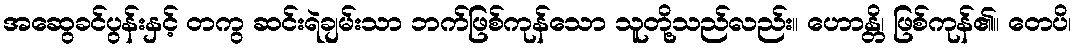
အဆွေခင်ပွန်းနှင့် တကွ ဆင်းရဲချမ်းသာ ဘက်ဖြစ်ကုန်သော သူတို့သည်လည်း။ ဟောန္တိ၊ ဖြစ်ကုန်၏။ တေပိ၊